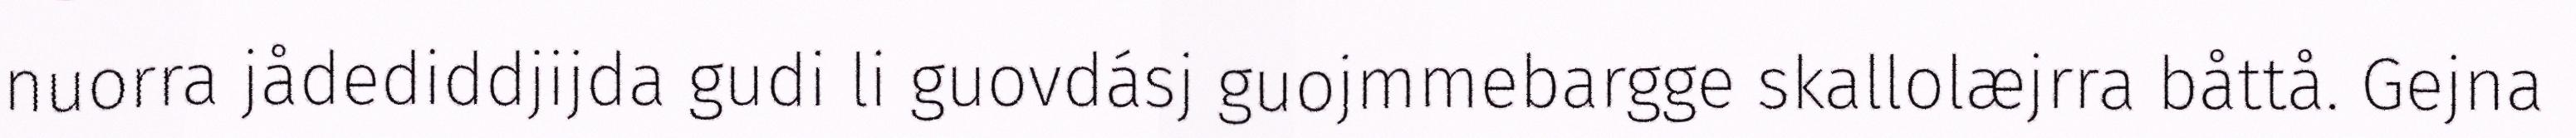
nuorra jådediddjijda gudi li guovdásj guojmmebargge skallolæjrra båttå. Gejna